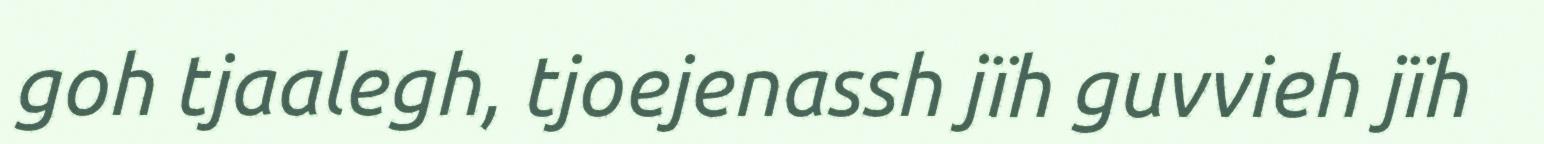
goh tjaalegh, tjoejenassh jïh guvvieh jïh